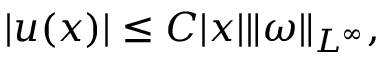
| u ( x ) | \leq C | x | \| \omega \| _ { L ^ { \infty } } ,